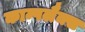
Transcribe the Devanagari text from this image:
काम्पलैक्स